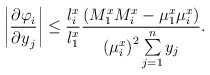
\begin{align*}\left| \frac{{\partial \varphi }_{i}}{{\partial y}_{j}} \right|\le \frac{l_{i}^{x}}{l_{1}^{x}}\frac{\left( M_{1}^{x}M_{i}^{x}-\mu_{1}^{x}\mu _{i}^{x} \right)}{{(\mu_{i}^{x})}^{2}\sum\limits_{j=1}^n y_{j} }.\end{align*}